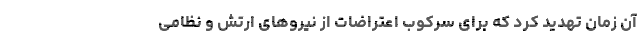
آن زمان تهدید کرد که برای سرکوب اعتراضات از نیروهای ارتش و نظامی